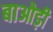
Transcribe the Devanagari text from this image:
बाओड़ी